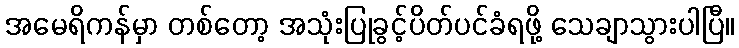
အမေရိကန်မှာ တစ်တော့ အသုံးပြုခွင့်ပိတ်ပင်ခံရဖို့ သေချာသွားပါပြီ။